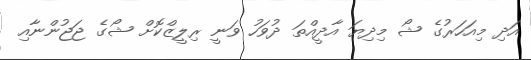
އަދި މިއަހަރުގެ ޝޯ މިދިޔަ އާދީއްތަ ދުވަހު ވަނީ ރިލީޒްކޮށް ޝޯގެ ޖަޖުންނާއި